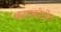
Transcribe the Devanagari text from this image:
काराकीर्दीत